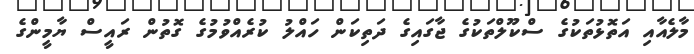
މާލެއާއި އަތޮޅުތަކުގެ ސްކޫލްތަކުގެ ޖާގައިގެ ދަތިކަން ހައްލު ކުރެއްވުމުގެ ގޮތުން ރައީސް ޔާމީންގެ